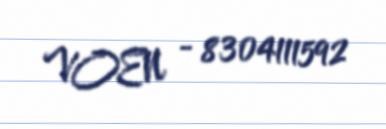
VOEN - 8304111592